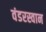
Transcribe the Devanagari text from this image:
वंडरस्वान